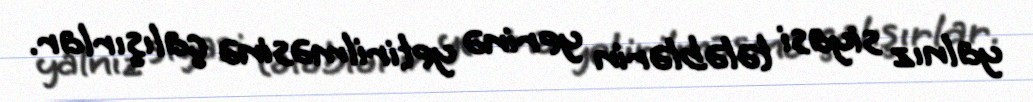
yalnız siyasi tələblərin yerinə yetirilməsinə çalışırlar.